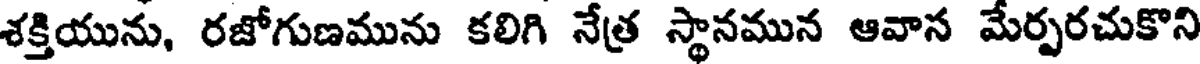
శక్తియును, రజోగుణమును కలిగి నేత్ర స్థానమున ఆవాన మేర్పరచుకొని